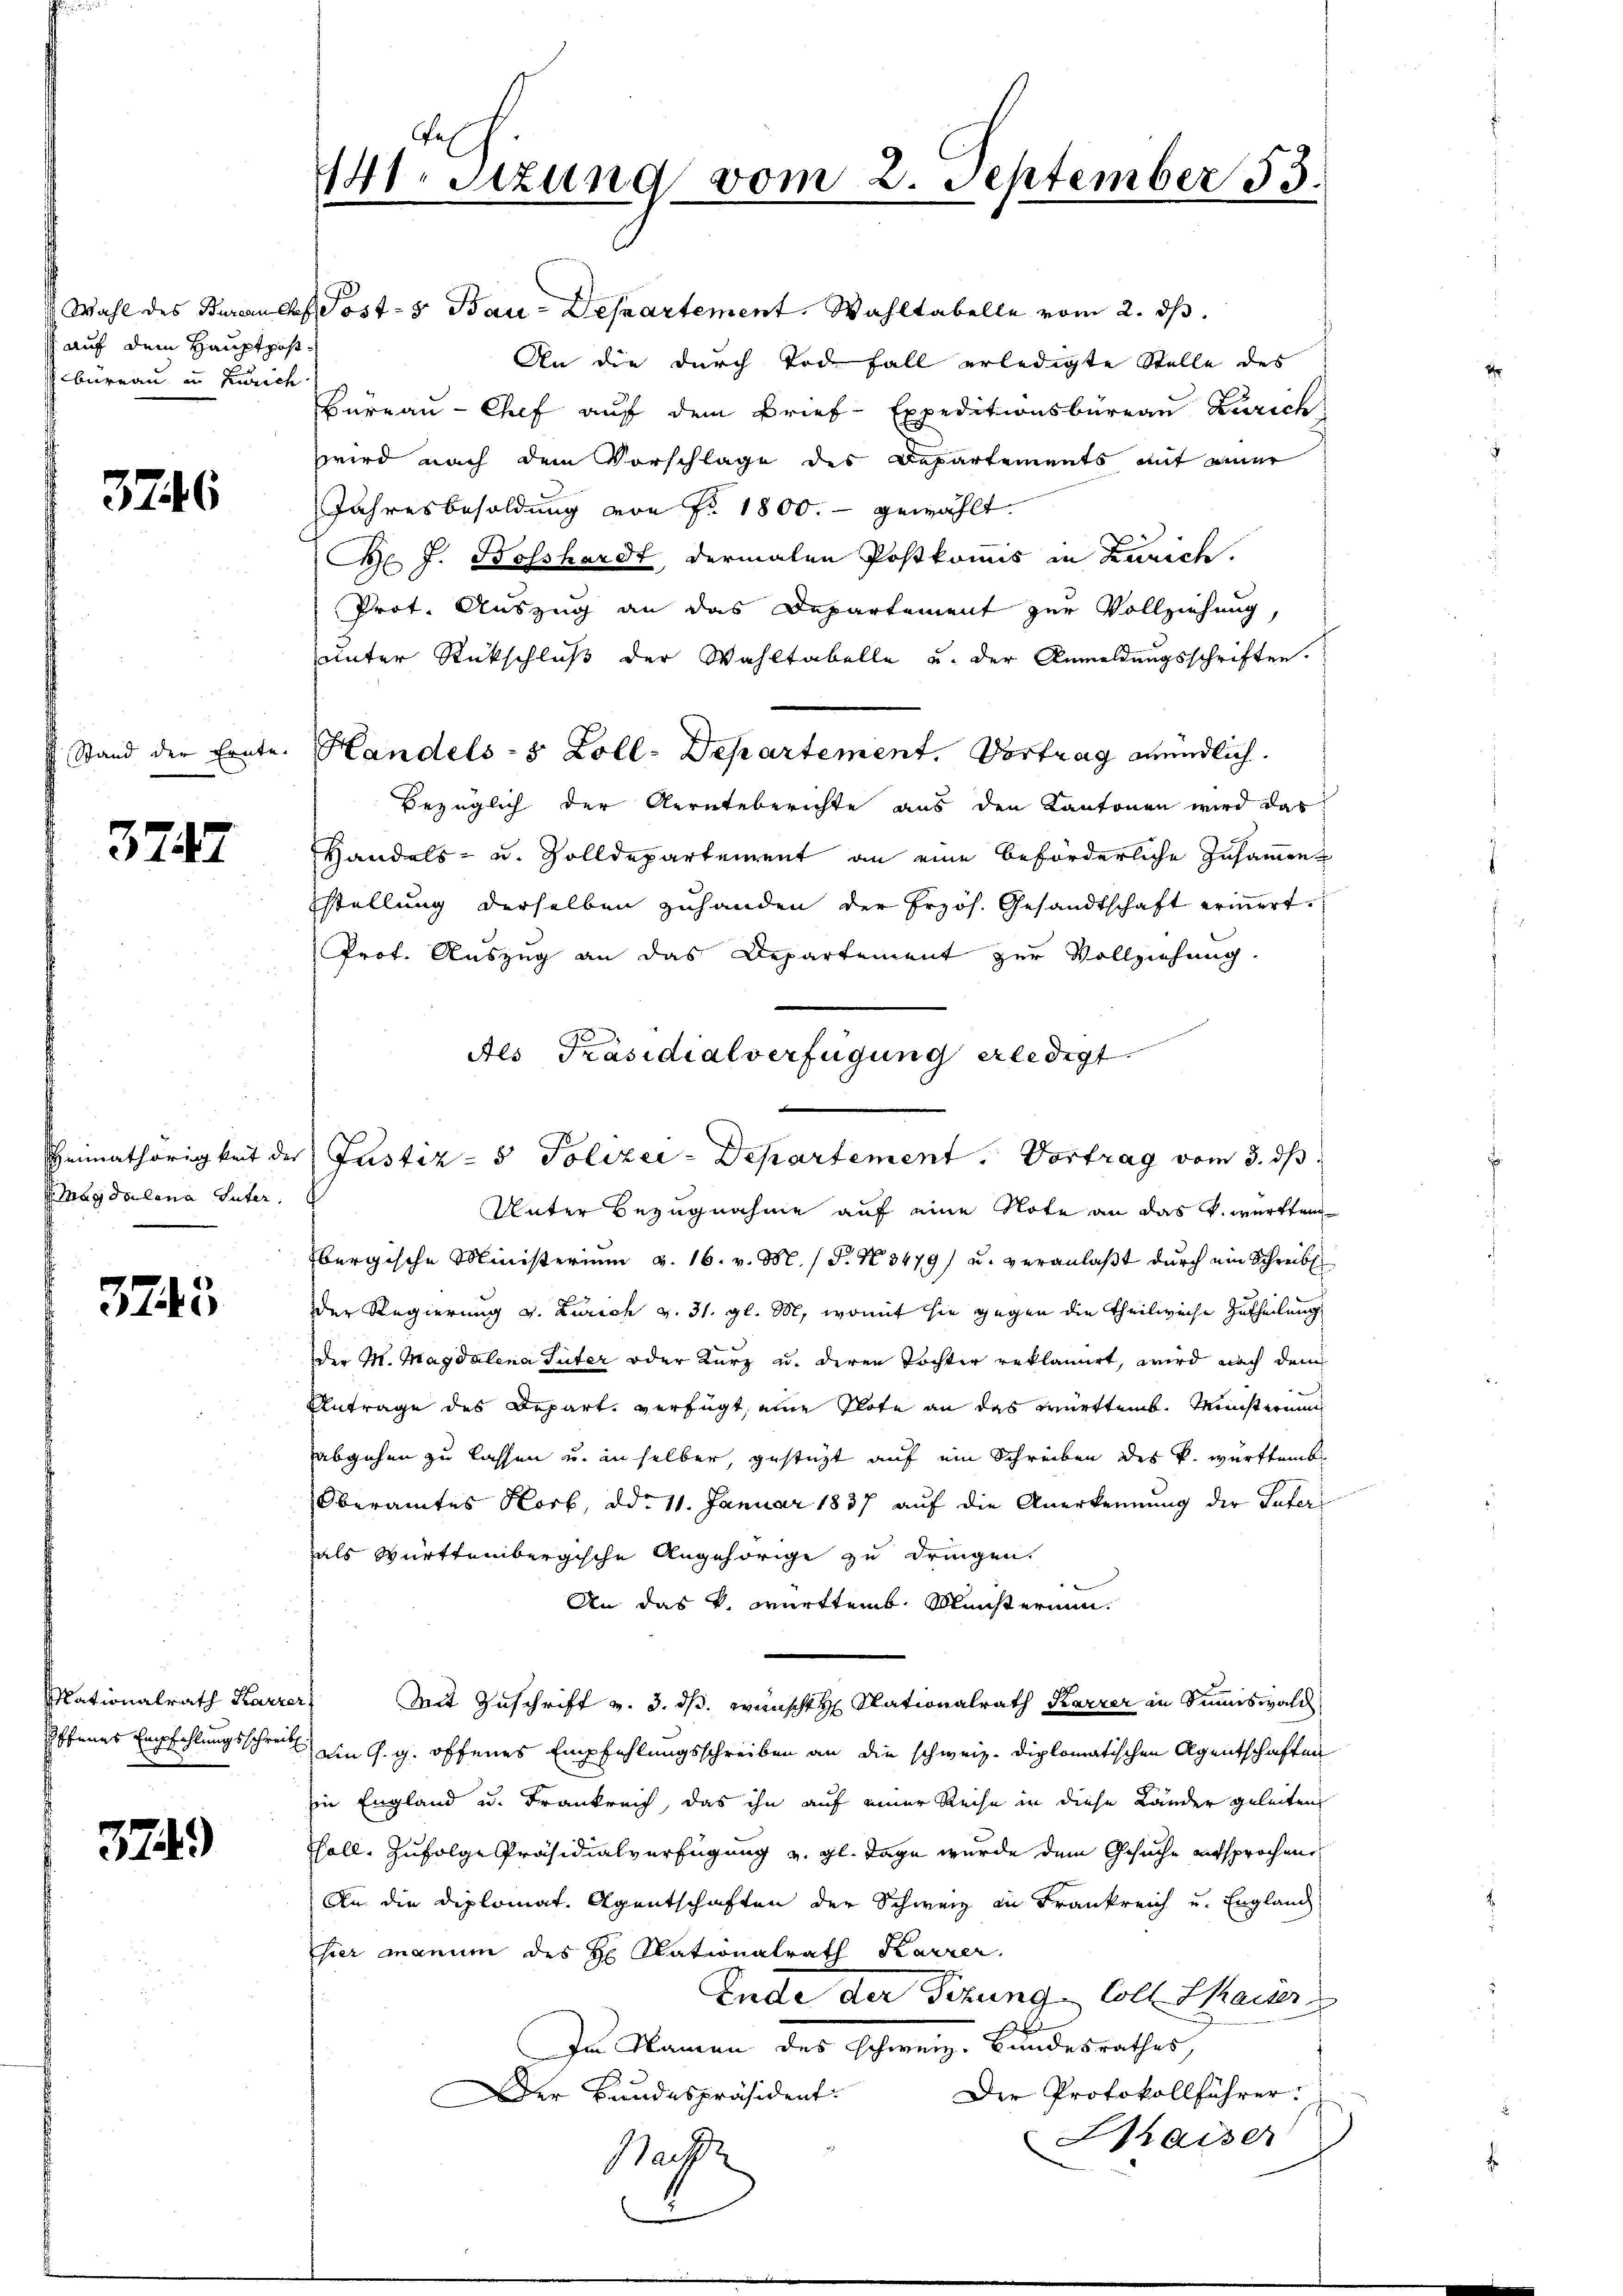
auf dem Hauptpos¬
Gebureau in Zürich.

3746

Stand der Ernte.

3747

Himathörigkeit der
Magdalena Suter

3743

ffenes Empfehlungsschreib

3749)

141. Setzung vom 2. September 53.

Wahl des Bureau chef Post- & Bau-Departement. Wahltabelle vom 2. ds.
An die durch Tode fall erledigte Stelle des
Büreau-Chef auf dem Brief-Expeditionsbüreau Zürich
wird nach dem Vorschlage des Departements mit einer
Jahresbesoldung von Nr. 1800.- gewählt.
H J. Bosshardt, dermalen Postkommis in Zürich.
Prot. Auszug an das Departement zur Vollziehung,
unter Rückschluß der Wahltabelle und der Anmeldungsschriften.
Handels- & Zoll-Departement. Vortrag mündlich.
Bezüglich der Aernteberichte aus den Kantonen wird das
Handels- u. Zolldepartement an eine beförderliche Zusammen
stellung derselben zuhanden der Frzös. Gesandtschaft erinnert.
Prof. Auszug an das Departement zur Vollziehung.
20
Justiz- & Polizei-Departement. Vortrag vom 3. ds
Unter Bezugnahme auf eine Note an das k. württembergische Ministeriŭm u. 16. v. M. (T. No 3479) u. veranlaβt dŭrch ein Schreibe
der Regierung v. Zürich v. 31. gl. M., womit sie gegen die Theilweise Zutheilung
Der H. Magdalena Tuter oder Kurz u. deren Tochter reklamirt, wird nach dem
Antrage des Depart, verfügt, eine Note an das Württemb. Ministernung
abgehen zu lassen u. in selber, gestüzt auf ein Schreiben des k. württemb
Oberamtes Horb, ddo 11. Januar 1837 auf die Anerkennung der Güter
als Württembergische Angehörige zu dringen.
An das v. Württemb. Meisterium.
Mationalrath Karrer Mit Zuschrift v. 3. ds. wünscht Nationalrath Karrer in Summiswald
ein G. g. offenes Empfehlungsschreiben an die schweiz. diplomatischen Agentschaften
in England u. Frankreich, das ihn auf einer Reise in diese Länder geleiten
Thall, zufolge Präsidialverfügung u. gl. Tage wurde dem Gesuche entsprochen
An die Diplomat. Agentschaften der Schweiz in Frankreich und Englanch
Thier manum des H. Nationalrath Karrer.
Ende der Fizung Coll Kaiser
In Namen des Schweiz. Bundesrathes,
Der Protokollführer.
Der Bundespräsident
Kaiser
Nach

Als Präsidialverfügung erledigt.